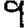
Digit: 9